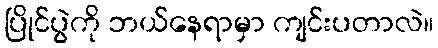
ပြိုင်ပွဲကို ဘယ်နေရာမှာ ကျင်းပတာလဲ။